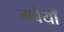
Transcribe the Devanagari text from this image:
मवैयाँ